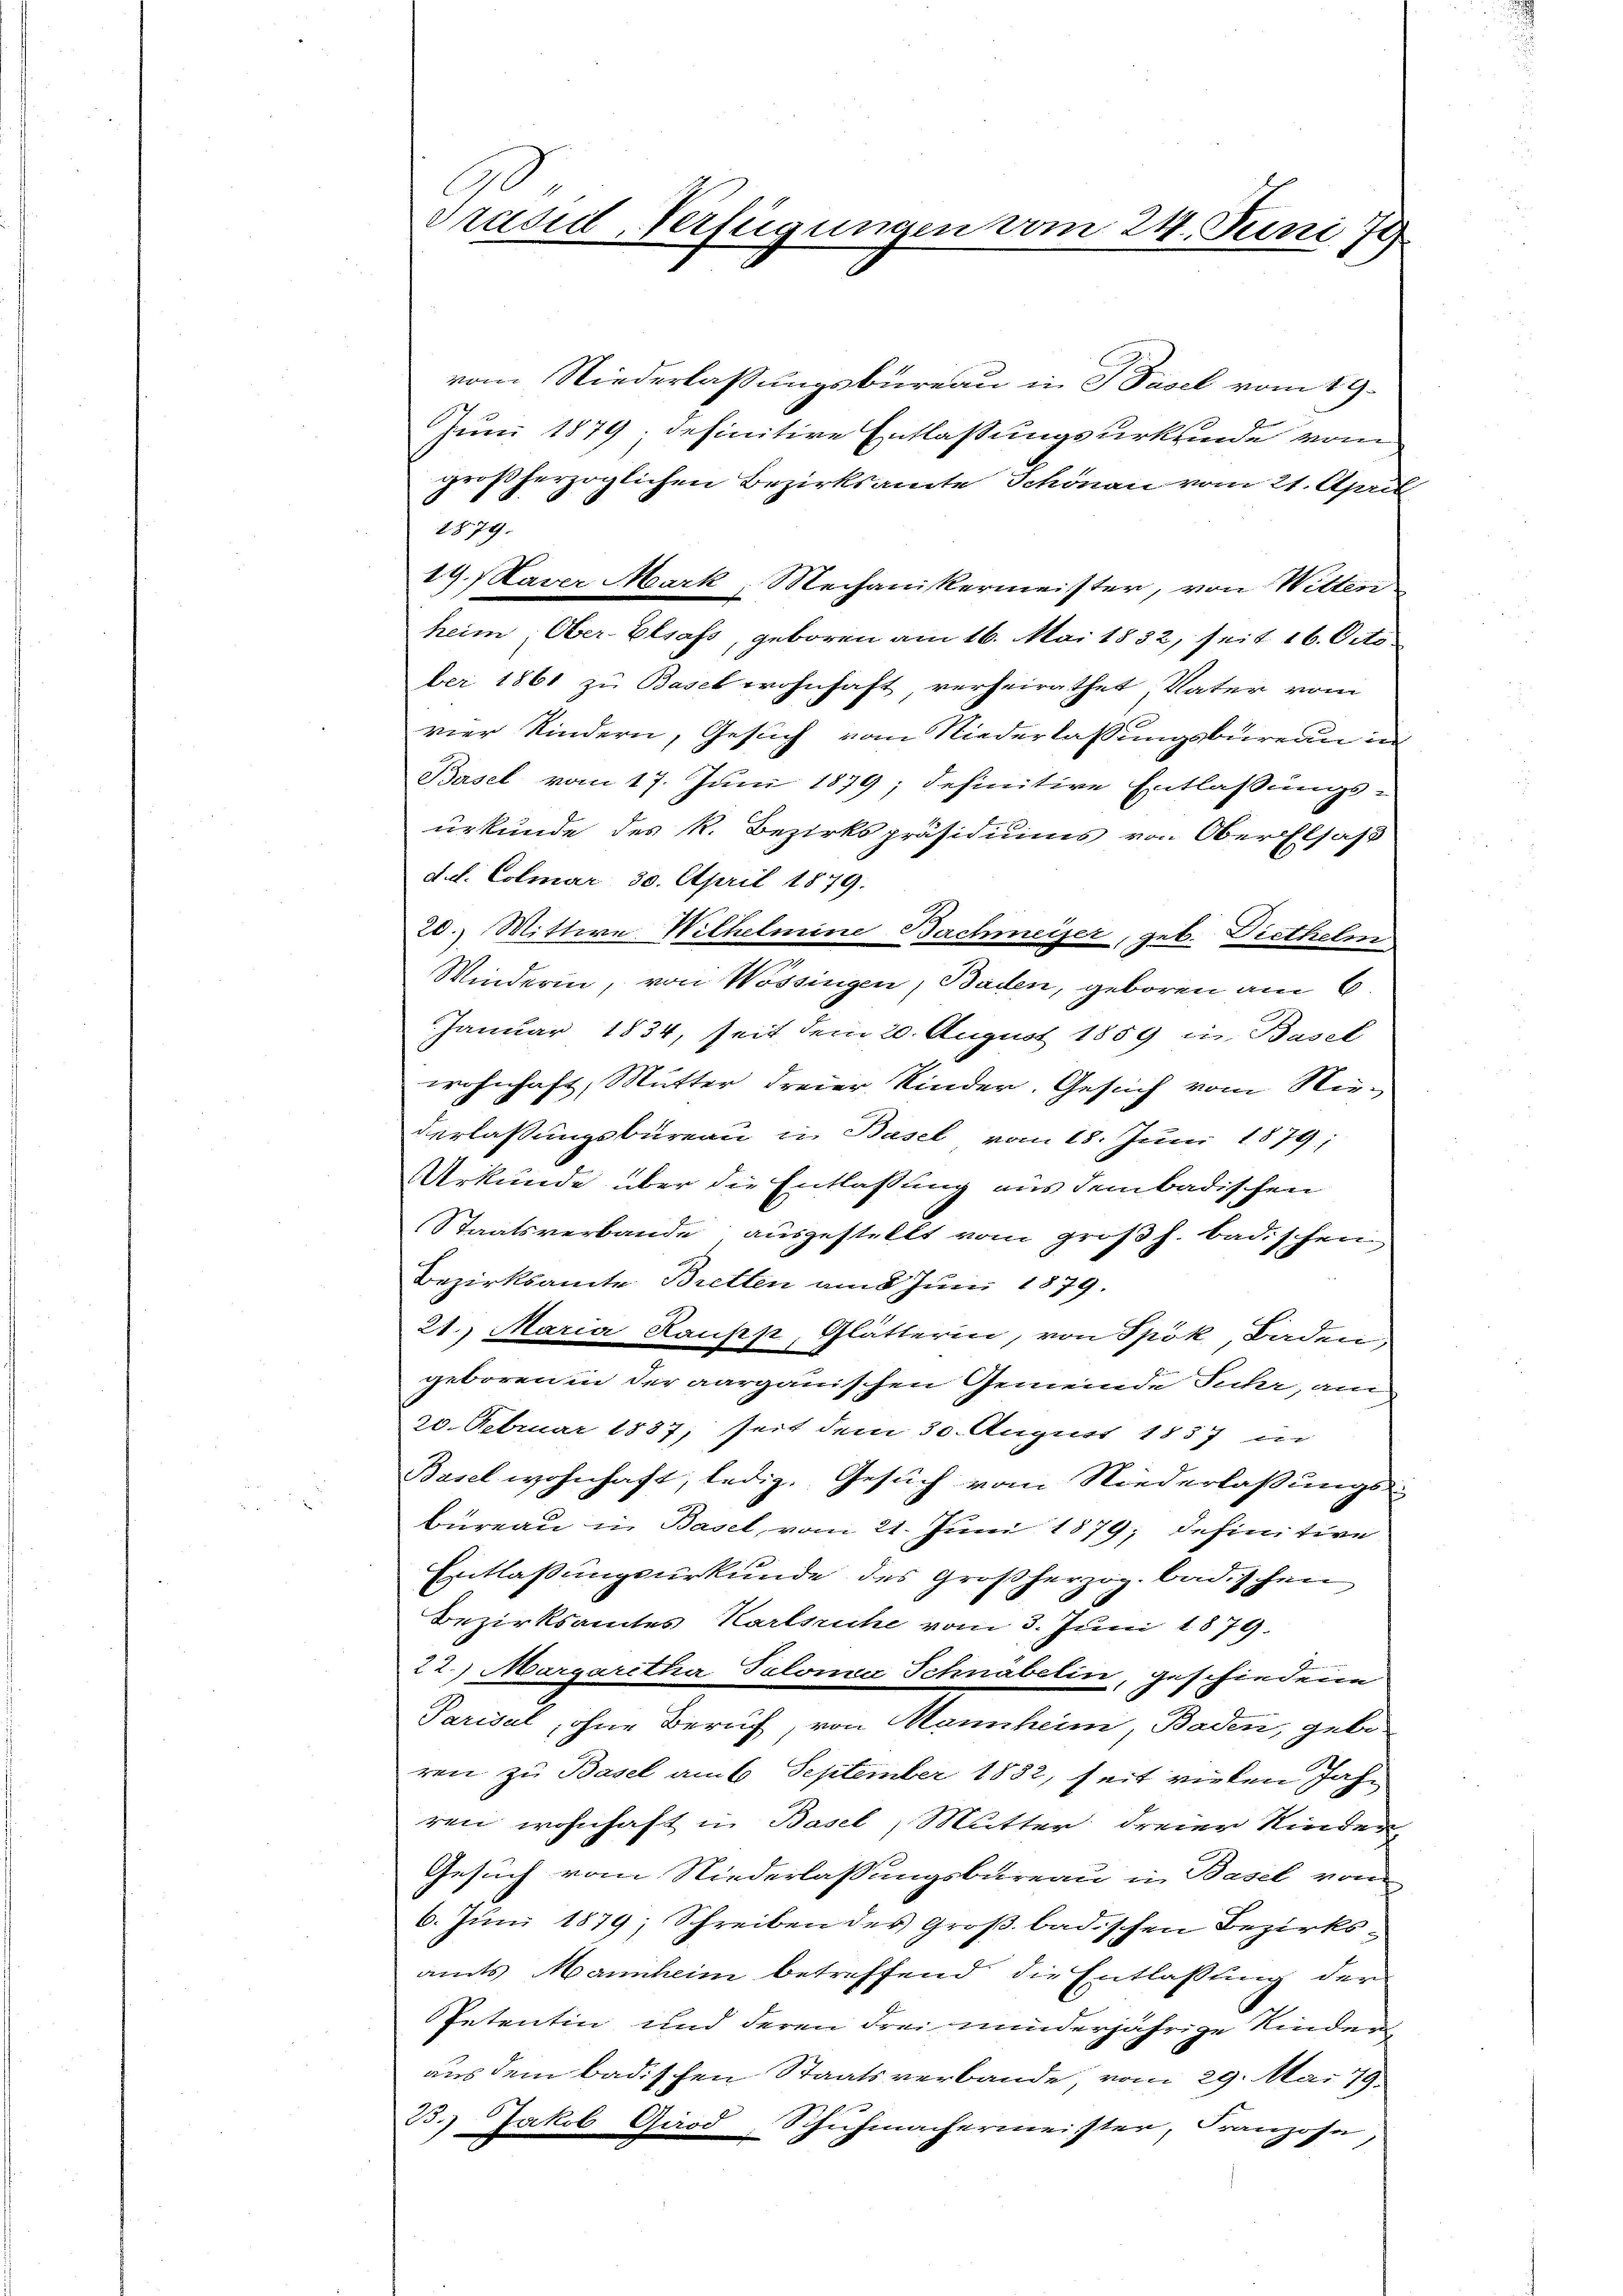
vom Niederlassungsbüreau in Basel vom 19.
Juni 1879, definitive Entlassungsurkunde vom
großherzoglichen Bezirksamte Schönau vom 21. April
1879.
19.) Kaver Mark, Mechanikermeister, von Witten
heim, Ober- Elsass, geboren am 16. Mai 1832, seit 16. October 1861 zu Basel wohnhaft verheirathet, Vater vom
vier Kindern, Gesuch vom Niederlassungsbureau in
Basel vom 17. Juni 1879; definitive Entlassungs-
urkunde des k. Bezirkspräsidiums von Ober Elsaß
d.d. Colmar 30. April 1879.
20.) Mittwe Wilhelmine Bachmeiser, geb. Diethelm
Winderin, von Wössingen, Baden, geboren am 6.
Januar 1834, seit dem 20. August 1859 in Basel
wohnhaft, Mutter dreier Kinder. Gesuch vom Nederlassungsbüreau in Basel vom 18. Juni 1879;
Urkunde über die Entlassung aus dem badischen
Staatsverbande ausgestellt vom großh. badischer
Bezirksamte Bretten am 8 Juni 1879.
21. Maria Raupp, Glätterin, von Spök, Baden,
geboren in der aargauischen Gemeinde Fuhr, am
20. Februar 1887, seit dem 30. August 1837 un
Basel wohnhaft, ledig. Gesuch vom Niederlaßungs-
Büreau in Basel, vom 21. Juni 1879; definitive
Entlassungsurkunde des Großherzog. Badischen
Bezirksamtes Karlsruhe vom 3. Juni 1879.
22.) Margaretha Telona Schnabelin, geschiedene
Parisal, ohne Beruf, von Mannheim, Baden, geboren zu Basel am 6. September 1882, seit vielen Jahr
ren wohnhaft in Basel, Mutter dreier Kinder
Gesuch vom Niederlassungsbureau in Basel von
6. Juni 1879; Schreiben des Groß badischen Bezirksamts Mannheim betreffend die Entlassung der
Petentin und deren Frei minderjährige Kinder
aus dem badischen Staatsverbande, vom 29. Mai 79
23.) Jakob Girod, Schuhmachermeister, Franzose,

.
Präsidl-Verfügungen vom 24. Juni 18